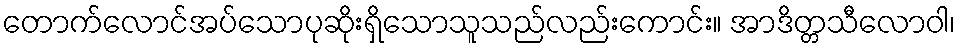
တောက်လောင်အပ်သောပုဆိုးရှိသောသူသည်လည်းကောင်း။ အာဒိတ္တသီလောဝါ၊